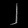
Digit: ၂